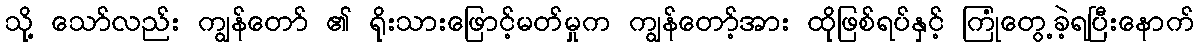
သို့ သော်လည်း ကျွန်တော် ၏ ရိုးသားဖြောင့်မတ်မှုက ကျွန်တော့်အား ထိုဖြစ်ရပ်နှင့် ကြုံတွေ့ခဲ့ရပြီးနောက်